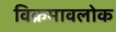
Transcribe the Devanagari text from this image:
विक्रमावलोक